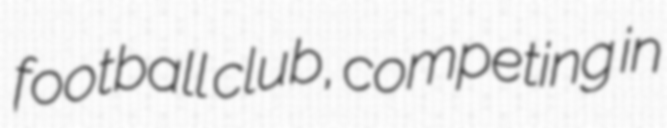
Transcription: football club, competing in